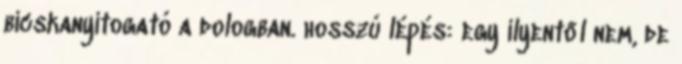
bicskanyitogató a dologban. hosszú lépés: egy ilyentől nem, de